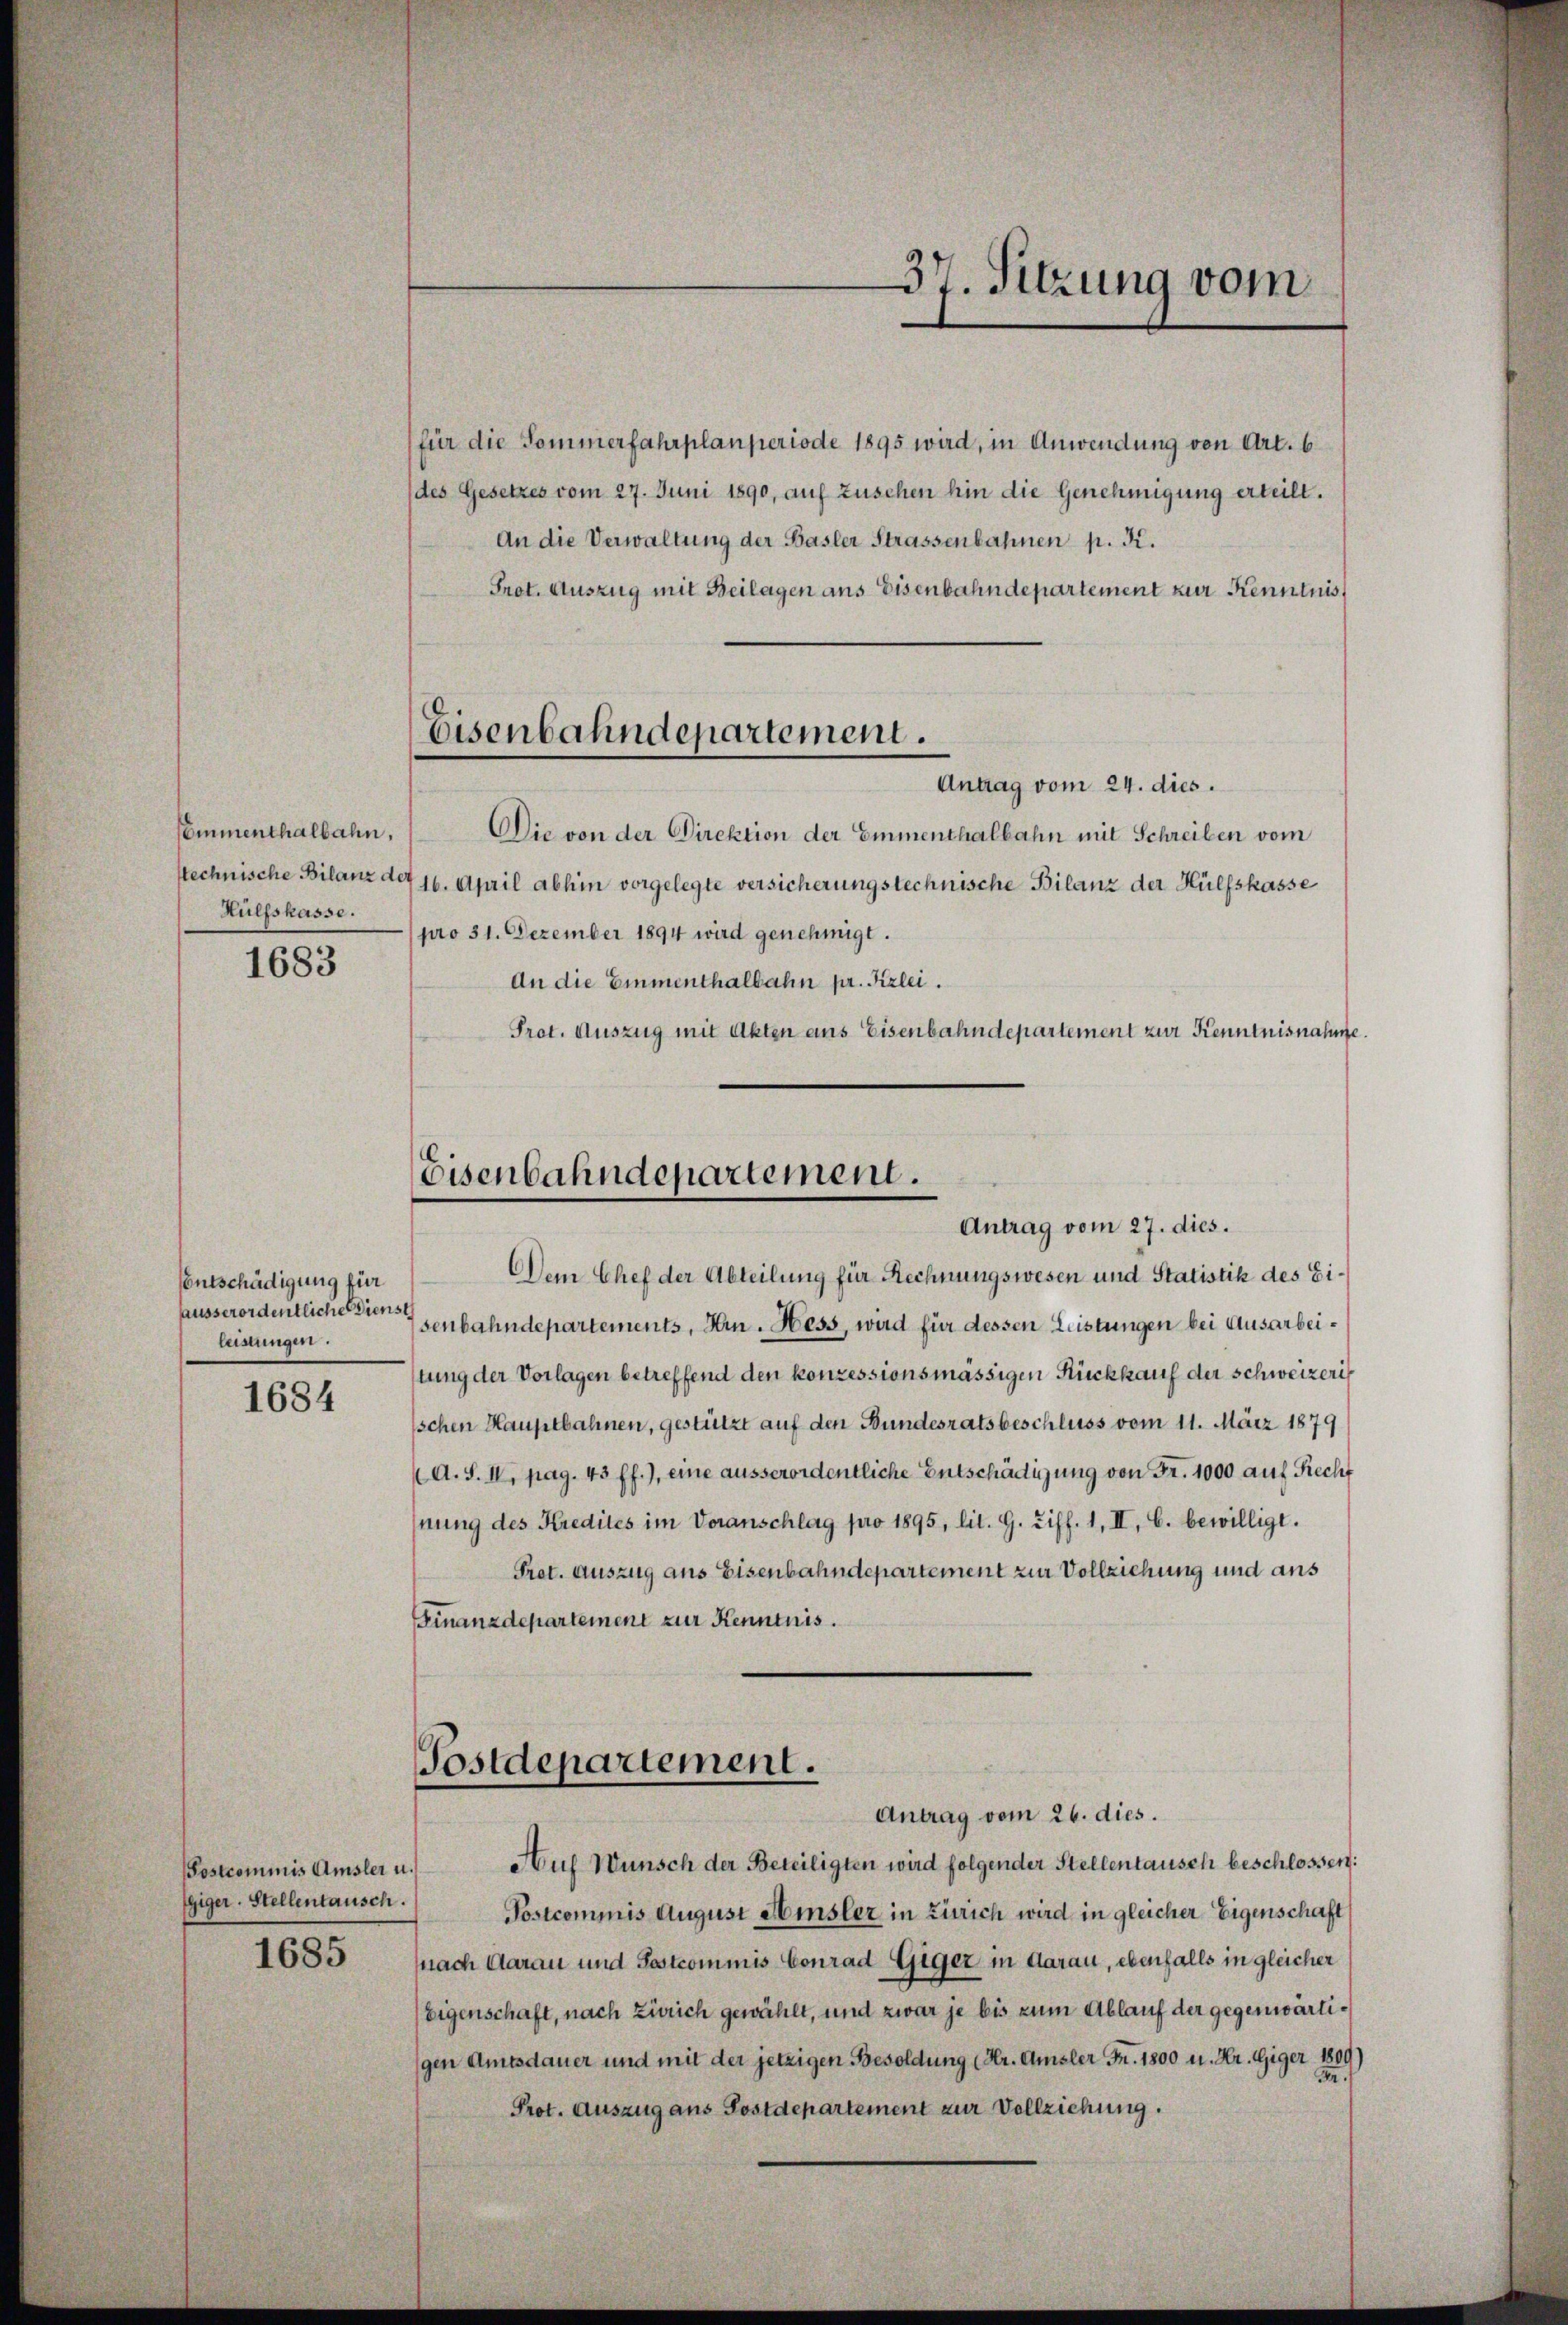
Commenthalbahn,
technische Bilanz der
Hülfskasse.

1683

Entschädigung für
ausserordentliche Diensth
leistungen.

1684

Postcommis Amsler u.
giger. Stellentausch.
1685

für die Sommerfahrplanperiode 1895 wird, in Anwendung von Art. 6
(des Gesetzes vom 27. Juni 1890, auf zusehen hin die Genehmigung erteilt.
An die Verwaltung der Basler Strassenbahnen p. K.
Prot. Auszug mit Beilagen aus Eisenbahndepartement zur Kenntnis,
Antrag vom 24. dies.
Die von der Direktion der Emmenthalbahn mit Schreiben vom
16. April abhin vorgelegte versicherung stechnische Bilanz der Hülfskasse
pro 31. Dezember 1894 wird genehmigt.
An die Einmenthalbahn pr. Kizlei.
Pret. Auszug mit Akten aus Eisenbahndepartement zur Kenntnisnahme.

Eisenbahndepartement.

37. Sitzung vom

Eisenbahndepartement.
Antrag vom 27. dies.

Dem Chef der Abteilung für Rechnungswesen und Statistik des Eisenbahndepartements, Hrn. Hess, wird für dessen Leistungen bei Ausarbeitung der Vorlagen betreffend den konzessionsmässigen Rückkauf der Schweizerischen Hauptbahnen, gestützt auf den Bundesratsbeschluss vom 11. März 1879
A. S. II, pag. 43 ff.), eine ausserordentliche Entschädigung von Fr. 1000 auf Recht
nung des Kredites im Voranschlag pro 1895, lit. G. Ziff. 1, II, C. bewilligt.
Pret. Auszug aus Eisenbahndepartement zur Vollziehung und aus
Finanzdepartement zur Kenntnis.

Postdepartement.
Antrag vom 26. dies.

Auf Wunsch der Beteiligten wird folgender Stellentausch beschlossen:
Postcommis August Hinsler in Zürich wird in gleicher Eigenschaft
(nach Aarau und Sostcommis Conrad Giger in darau, ebenfalls in gleicher
Eigenschaft, nach Zürich gewählt, und zwar je bis zum Ablauf der gegenwärtigen Amtsdauer und mit der jetzigen Besoldung (Hr. Amsler Fr. 1800 u. Hr. Giger 1809)
n
Prot. Auszug aus Postdepartement zur Vollziehung.